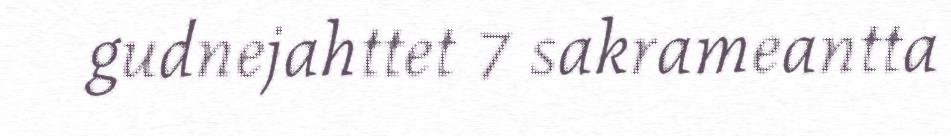
gudnejahttet 7 sakrameantta